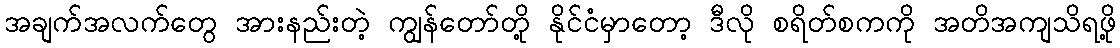
အချက်အလက်တွေ အားနည်းတဲ့ ကျွန်တော်တို့ နိုင်ငံမှာတော့ ဒီလို စရိတ်စကကို အတိအကျသိရဖို့